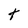
Character: t